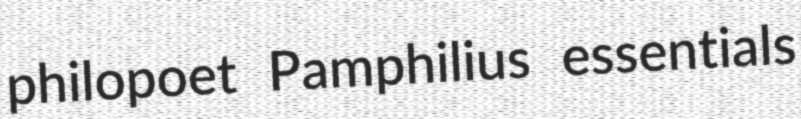
philopoet Pamphilius essentials